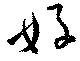
好